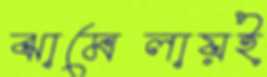
ঝামেলায়ই